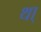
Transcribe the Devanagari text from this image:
था्